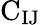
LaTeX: \mathrm{C_{IJ}}